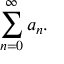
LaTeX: \sum _ { n = 0 } ^ { \infty } a _ { n } .